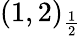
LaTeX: (1,2)_{\frac{1}{2}}